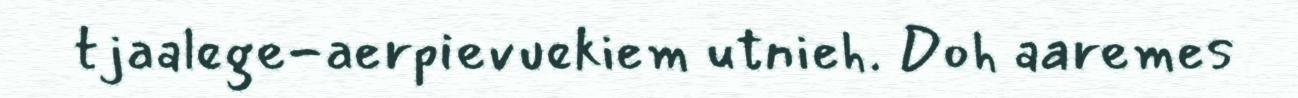
tjaalege-aerpievuekiem utnieh. Doh aaremes